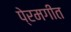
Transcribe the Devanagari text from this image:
पे्रमगीत